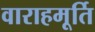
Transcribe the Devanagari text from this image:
वाराहमूर्ति